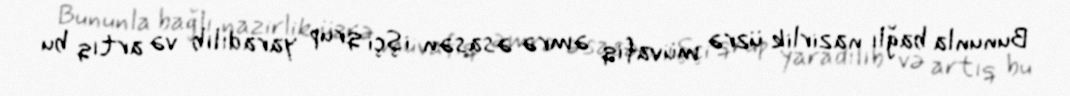
Bununla bağlı nazirlik üzrə müvafiq əmrə əsasən işçi qrup yaradılıb və artıq bu